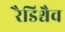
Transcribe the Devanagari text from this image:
रैडिश्चैव